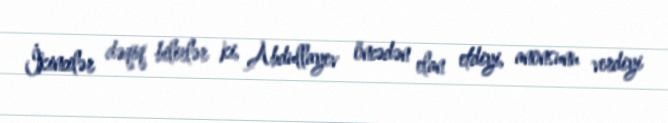
İkincilər dəqiq bilirlər ki, Abdullayev öncədən elan etdiyi, anonsunu verdiyi